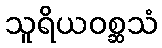
သူရိယဝစ္ဆသံ